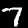
Digit: 7